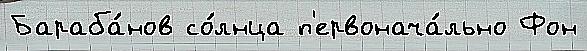
Бараба́нов со́лнца п'ервонача́льно Фон